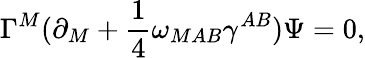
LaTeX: \Gamma^{M}(\partial_{M}+{\frac{1}{4}}\omega_{MAB}\gamma^{AB})\Psi=0,